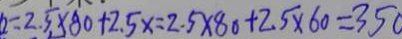
= 2 . 5 \times 8 0 + 2 . 5 x = 2 . 5 \times 8 0 + 2 . 5 \times 6 0 = 3 5 0